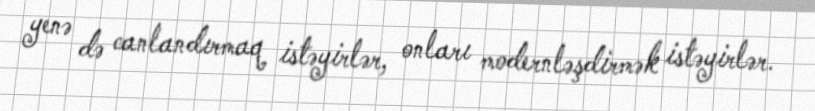
yenə də canlandırmaq istəyirlər, onları modernləşdirmək istəyirlər.